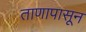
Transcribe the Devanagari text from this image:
ताणापासून